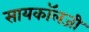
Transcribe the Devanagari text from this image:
सायकॉलजी